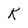
Character: k